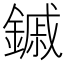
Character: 鏚